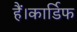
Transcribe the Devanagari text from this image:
हैं।कार्डिफ